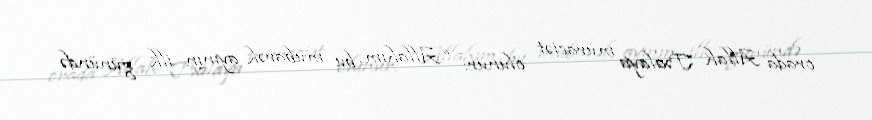
orada Allah Təalaya müraciət olunur: “Allahım, bu mübarək ayının ilk günündə